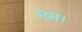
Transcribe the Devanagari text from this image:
भेस।